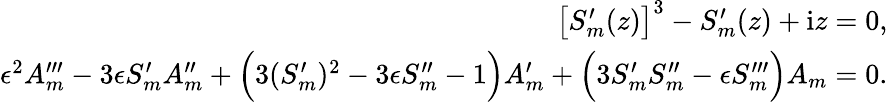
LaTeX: \begin{array}{r}{\big[S_{m}^{\prime}(z)\big]^{3}-S_{m}^{\prime}(z)+\mathrm{i}z=0,}\\ {\epsilon^{2}A_{m}^{\prime\prime\prime}-3\epsilon S_{m}^{\prime}A_{m}^{\prime\prime}+\Big(3(S_{m}^{\prime})^{2}-3\epsilon S_{m}^{\prime\prime}-1\Big)A_{m}^{\prime}+\Big(3S_{m}^{\prime}S_{m}^{\prime\prime}-\epsilon S_{m}^{\prime\prime\prime}\Big)A_{m}=0.}\end{array}